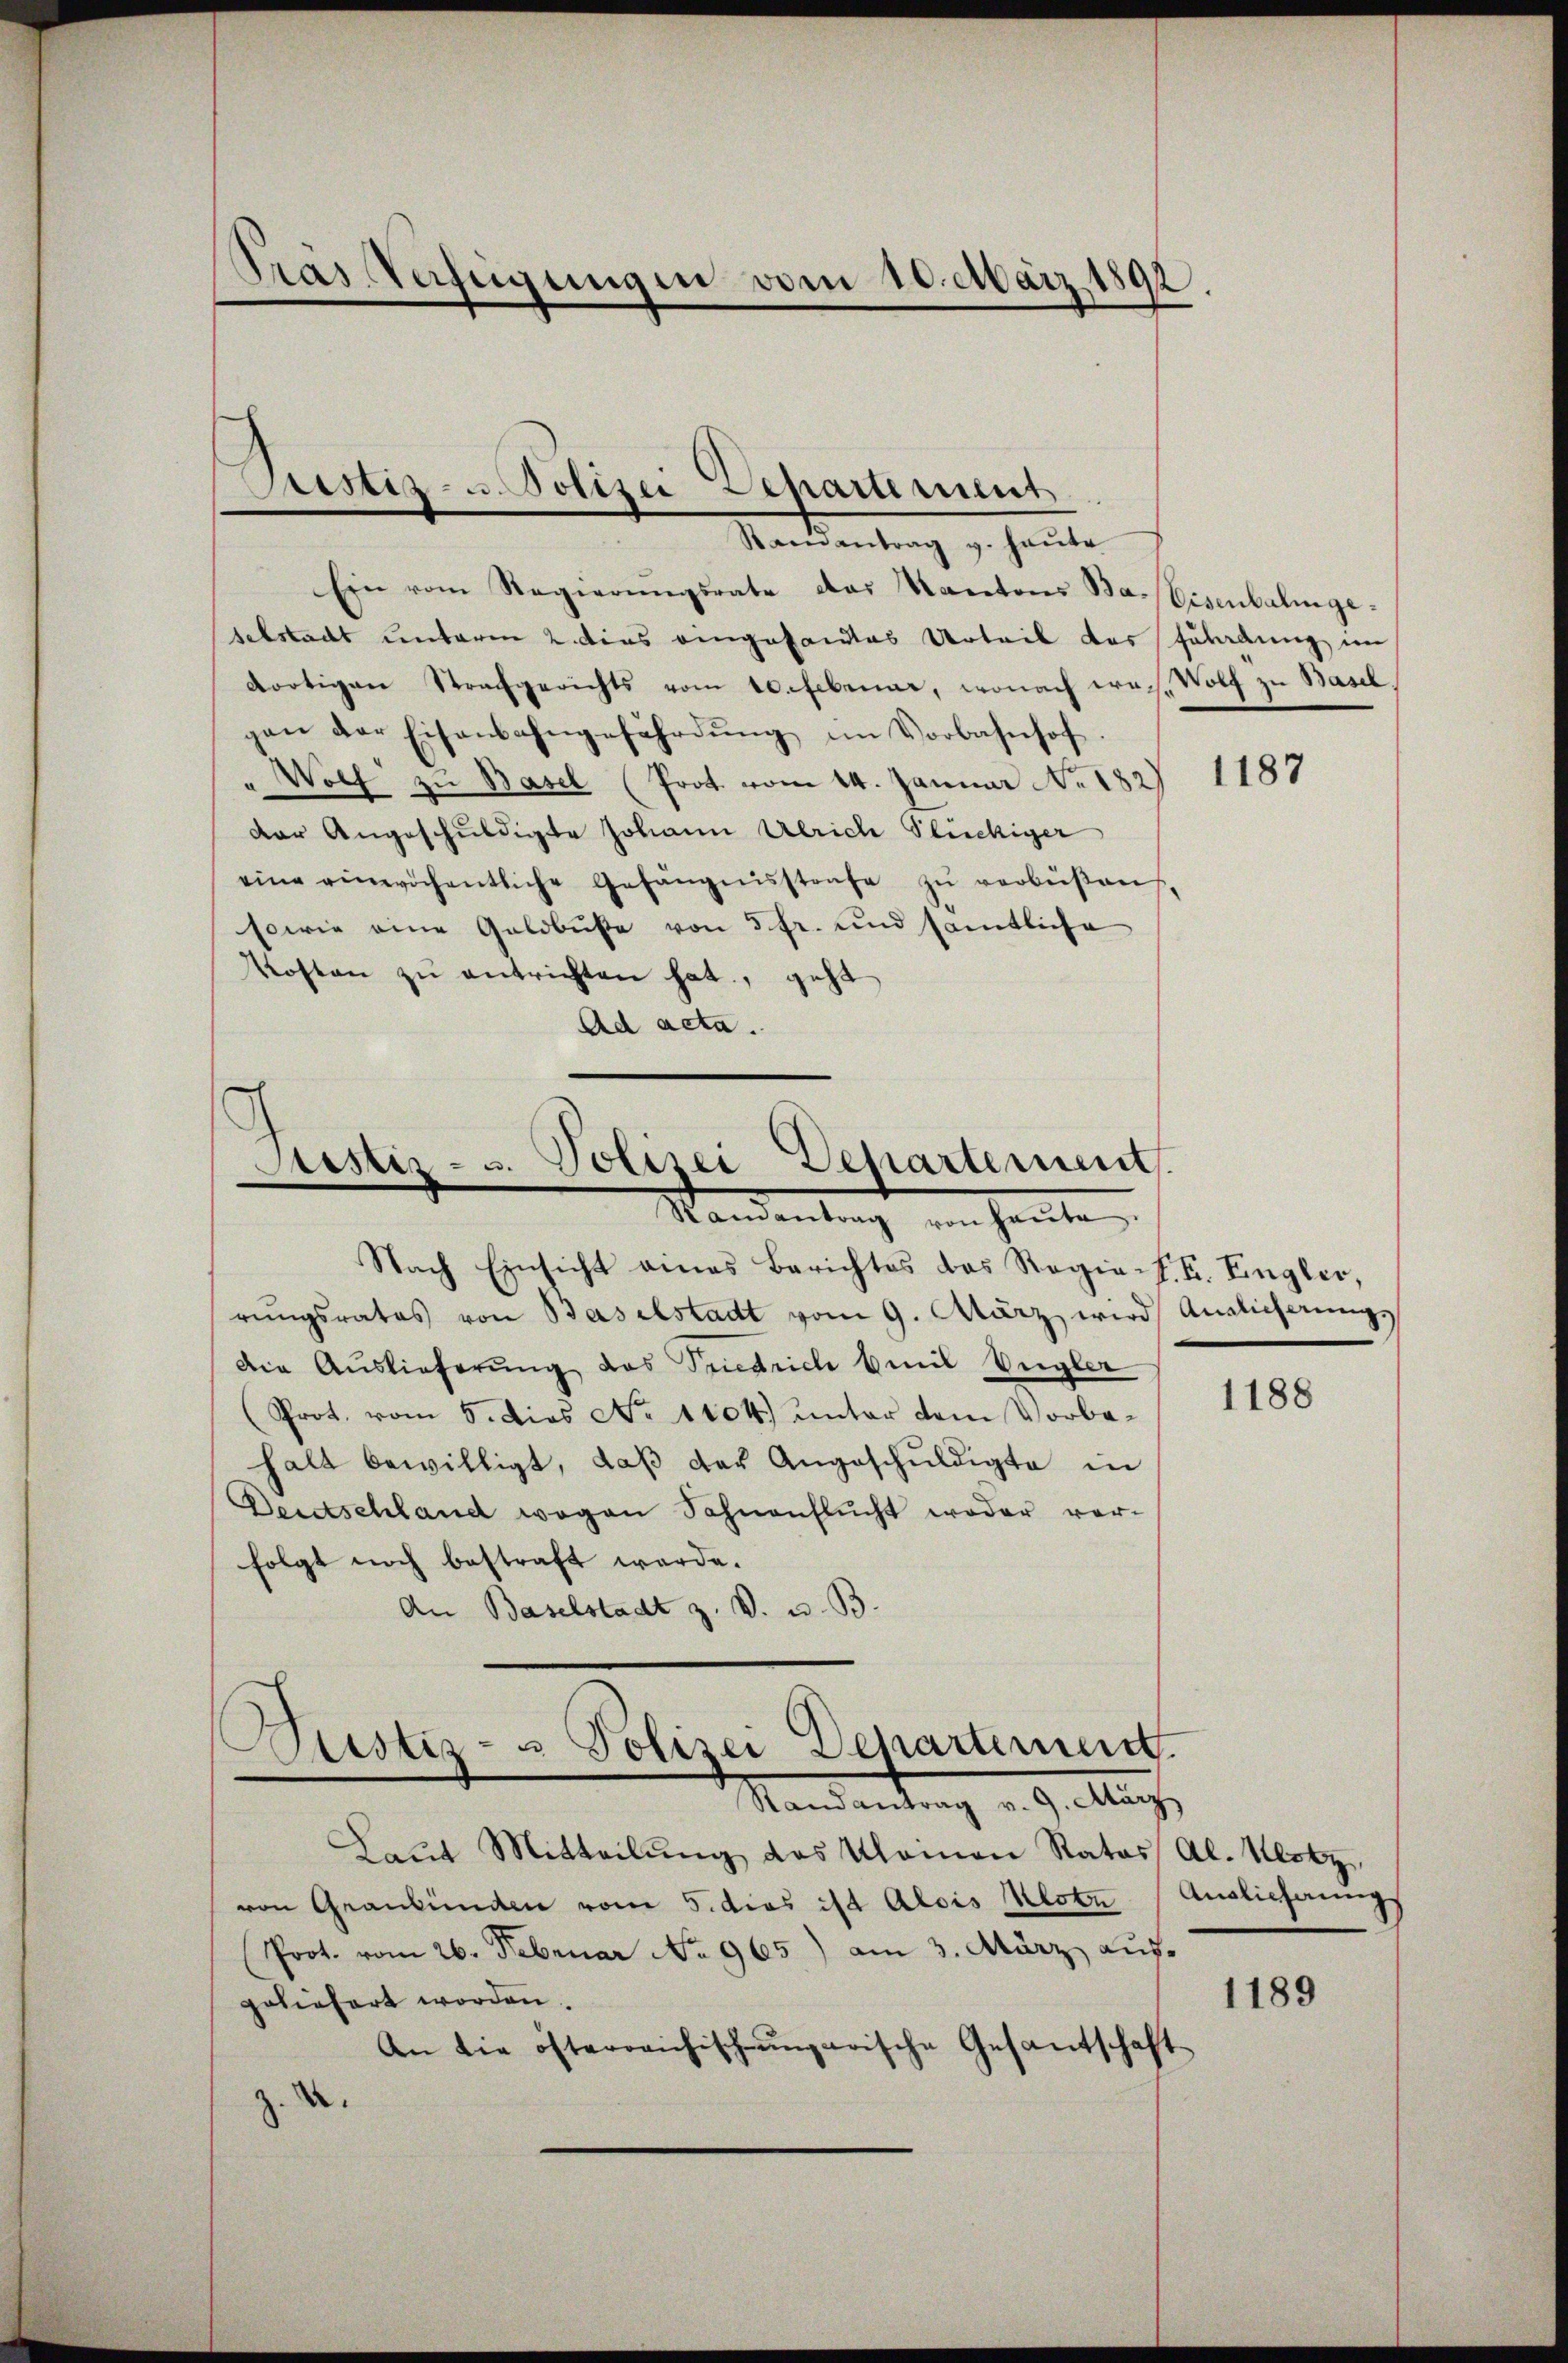
Pras Verfügungen vom 10. März 1892.

Sistiz- u. Polizei Departement
Randantrag v. heute

Ein vom Regierŭngsrate das Kantons Ba-Eisenbalingeselstadt unterm 2 dies eingesandtes Urteil das Fladung im
dortigen Strafgerichts vom 10 Februar, wonach was. Wolf zu Basel
gen der Eisenbahngefährdŭng im Vorbahnhof.
Wolf zu Basel (Prot. vom 14. Januar No. 182. 1188
der Angeschuldigte Johann Ulrich Stückiger
eine einwöchentliche Gefängnisstrafe zŭ verbüßen,
sowie eine Geldbuße von 5 fr. und sämtliche
Kosten zŭ entrichten hat, geht
Ad acta.

Justiz- u. Polizei Departement
Wandentrag von heute
Nach Einsicht eines Berichtes das Regie-E. E. Eingler,

rŭngsrates von Baselstadt vom 9. März wird Auslicherungs
Die Auslieferŭng das Priedrich beil Vngler
(Prot. vom 5. dies No 1104. unter dem Vorbe-
halt bewilligt, daβ das Angeschuldigte in
Deutschland wegen Sahnenflŭcht weder ver-
folgt noch bestraft werde.
An Baselstadt z. V. u. B.
Justiz- u Polizei Departement.
Randantrag v. 9. März
Laŭt Mitteilŭng des Kleinen Rates Al. Kotz
von Graubünden vom 5. dies ist Alois Klobe / Auslieferungs
Prot. vom 26. Februar No 965) am 3. März aŭf-
geliefert worden.
An die österreichisch-ungarische Gesantschaft
2.

1188

1189